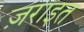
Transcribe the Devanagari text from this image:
ज़राइत